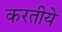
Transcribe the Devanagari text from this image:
करतीये